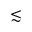
\lesssim